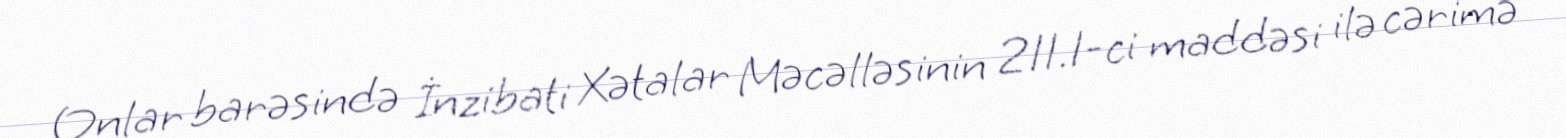
Onlar barəsində İnzibati Xətalar Məcəlləsinin 211.1-ci maddəsi ilə cərimə